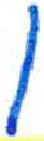
אות: ן